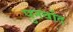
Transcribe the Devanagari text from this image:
पुनर्वाद